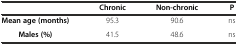
|  | Chronic | Non-chronic | P |
 | --- | --- | --- | --- |
 | Mean age (months) | 95.3 | 90.6 | ns |
 | Males (%) | 41.5 | 48.6 | ns |